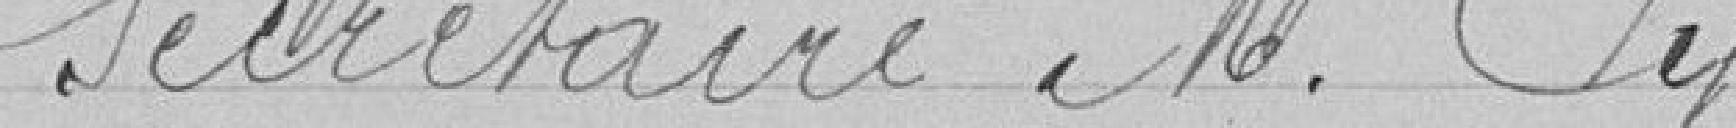
Secrétaire M. Py.